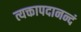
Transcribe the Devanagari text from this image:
त्यक्तापदानन्दं